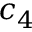
c _ { 4 }